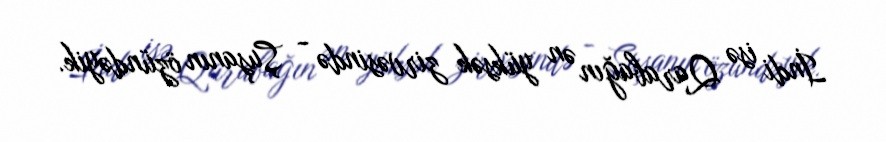
İndi isə Qarabağın ən yüksək zirvəsində - Şuşanın özündəyik.